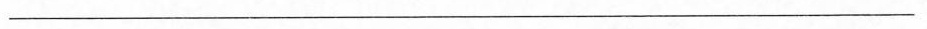
___